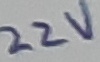
Text: 22V